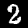
Label: 2